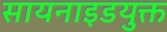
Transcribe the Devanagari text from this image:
सायनाइडयुक्त